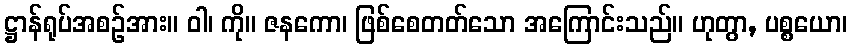
ဋ္ဌာန်ရုပ်အစဉ်အား။ ဝါ၊ ကို။ ဇနကော၊ ဖြစ်စေတတ်သော အကြောင်းသည်။ ဟုတွာ, ပစ္စယော၊